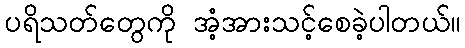
ပရိသတ်တွေကို အံ့အားသင့်စေခဲ့ပါတယ်။